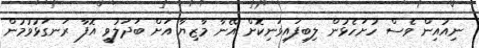
ނިއުއިން ވެސް ހުށަހެޅުން ލިބިފައިވަނިކޮށް އޭނާ މާޒިޔާ އަށް ބަދަލުވީ އޮފާ ރަނގަޅުވުމުން